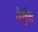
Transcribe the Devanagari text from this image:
वेर्सुस